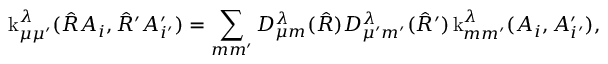
\operatorname { k } _ { \mu \mu ^ { \prime } } ^ { \lambda } ( \hat { R } A _ { i } , \hat { R } ^ { \prime } A _ { i ^ { \prime } } ^ { \prime } ) = \sum _ { m m ^ { \prime } } D _ { \mu m } ^ { \lambda } ( \hat { R } ) D _ { \mu ^ { \prime } m ^ { \prime } } ^ { \lambda } ( \hat { R } ^ { \prime } ) \operatorname { k } _ { m m ^ { \prime } } ^ { \lambda } ( A _ { i } , A _ { i ^ { \prime } } ^ { \prime } ) ,